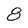
Character: 8